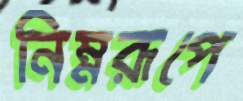
নিম্নরূপে